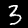
Digit: 3